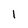
Character: 1